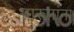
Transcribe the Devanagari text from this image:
प्रारूपांना